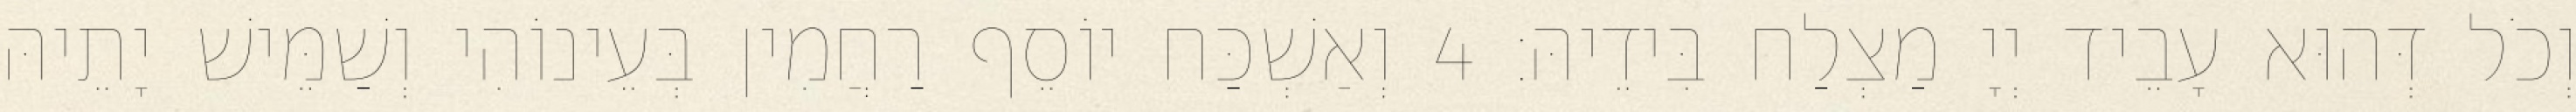
וְכֹל דְּהוּא עָבֵיד יְיָ מַצְלַח בִּידֵיהּ׃ 4 וְאַשְׁכַּח יוֹסֵף רַחֲמִין בְּעֵינוֹהִי וְשַׁמֵּישׁ יָתֵיהּ